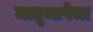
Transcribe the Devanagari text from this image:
मातृभाषेचा